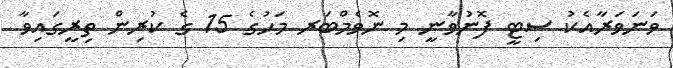
ވަނަވަރާއެކު ސިޓީ ފޮނުވާނީ މި ނޮވެމްބަރ މަހުގެ 15 ގެ ކުރިން ތިރީގައިވާ